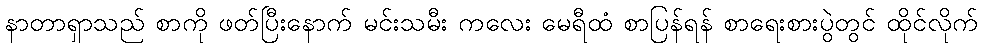
နာတာရှာသည် စာကို ဖတ်ပြီးနောက် မင်းသမီး ကလေး မေရီထံ စာပြန်ရန် စာရေးစားပွဲတွင် ထိုင်လိုက်